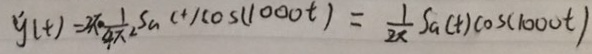
y ( t ) = 2 x \cdot \frac { 1 } { 4 x } S a ( t ) \cos ( 1 0 0 0 t ) = \frac { 1 } { 2 x } S a ( t ) \cos ( 1 0 0 0 t )